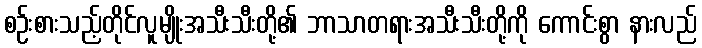
စဉ်းစားသည့်တိုင်လူမျိုးအသီးသီးတို့၏ ဘာသာတရားအသီးသီးတို့ကို ကောင်းစွာ နားလည်